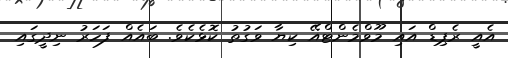
އެއީ ރެޕިޑް އައި މޫވްމެންޓްއޭ ކިޔާ ވަގުތު ކޮޅެކެވެ. ބައެއް ފަހަރު ނިދީގައި